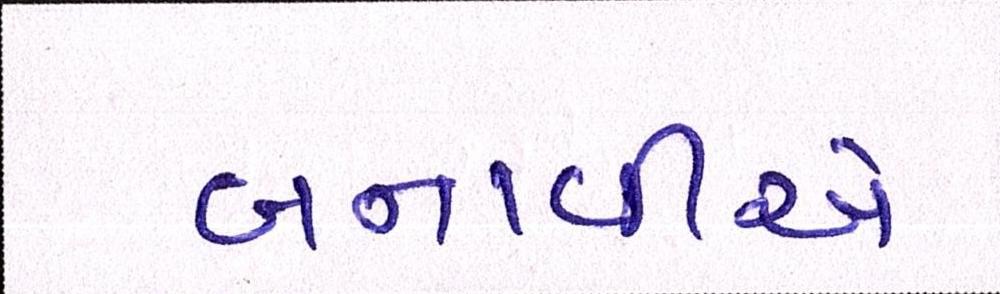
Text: બનાવીએ